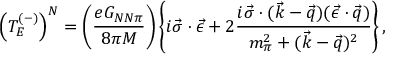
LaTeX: \left( T _ { E } ^ { ( - ) } \right) ^ { N } = \left( { \frac { e G _ { N N \pi } } { 8 \pi M } } \right) \left\{ i \vec { \sigma } \cdot \vec { \epsilon } + 2 { \frac { i \vec { \sigma } \cdot ( \vec { k } - \vec { q } ) ( \vec { \epsilon } \cdot \vec { q } ) } { m _ { \pi } ^ { 2 } + ( \vec { k } - \vec { q } ) ^ { 2 } } } \right\} ,